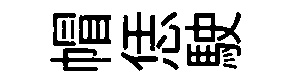
帽恁駛